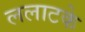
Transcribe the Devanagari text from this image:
ललाटके